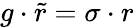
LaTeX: g\cdot\tilde{r}=\sigma\cdot r